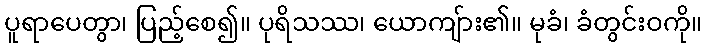
ပူရာပေတွာ၊ ပြည့်စေ၍။ ပုရိသဿ၊ ယောကျ်ား၏။ မုခံ၊ ခံတွင်းဝကို။